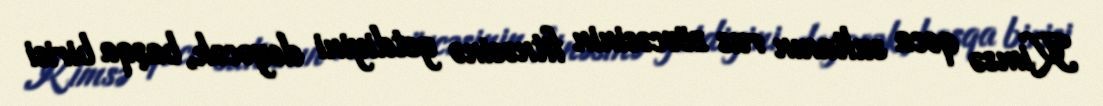
Kimsə qoca sultanın rus zövcəsinin fitnəsinə getdiyini deyəcək, başqa birisi